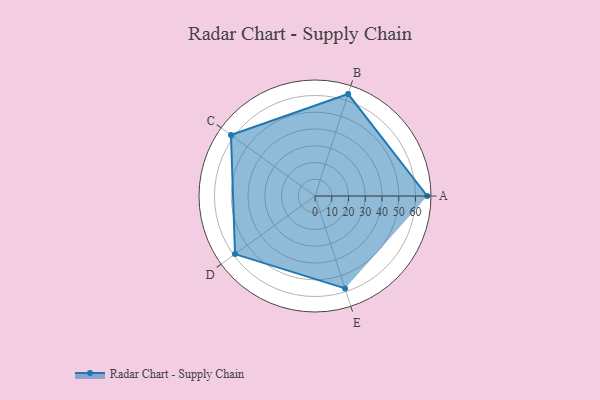
{"axis": {"x": "Skill", "y": "Score"}, "legend": ["Profile"], "data": [{"x": "A", "y": 67.0, "type": "Profile"}, {"x": "B", "y": 64.0, "type": "Profile"}, {"x": "C", "y": 62.0, "type": "Profile"}, {"x": "D", "y": 59.0, "type": "Profile"}, {"x": "E", "y": 58.0, "type": "Profile"}]}